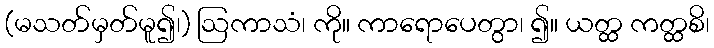
(မသတ်မှတ်မူ၍၊) ဩကာသံ၊ ကို။ ကာရောပေတွာ၊ ၍။ ယတ္ထ ကတ္ထစိ၊